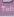
tel